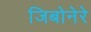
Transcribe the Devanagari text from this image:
जिबोनेरे